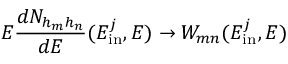
E \frac { d N _ { h _ { m } h _ { n } } } { d E } ( E _ { \mathrm { i n } } ^ { j } , E ) \rightarrow W _ { m n } ( E _ { \mathrm { i n } } ^ { j } , E )